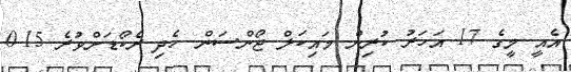
އެއީ މީގެ 17 އަހަރު ކުރިން މައިކަލް ޖޯންސަން ހެދި ރެކޯޑަށްވުރެ 0.15